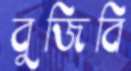
বুজিবি